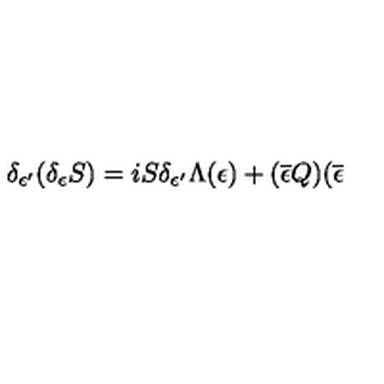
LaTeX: \delta _ { \epsilon ^ { \prime } } ( \delta _ { \epsilon } S ) = i S \delta _ { \epsilon ^ { \prime } } \Lambda ( \epsilon ) + ( \overline { { \epsilon } } Q ) ( \overline { { \epsilon } }